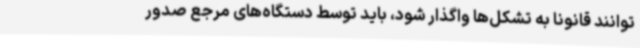
توانند قانونا به تشکل‌ها واگذار شود، باید توسط دستگاه‌های مرجع صدور